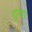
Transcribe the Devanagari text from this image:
दुणा